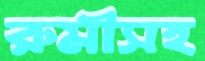
রুমীসহ